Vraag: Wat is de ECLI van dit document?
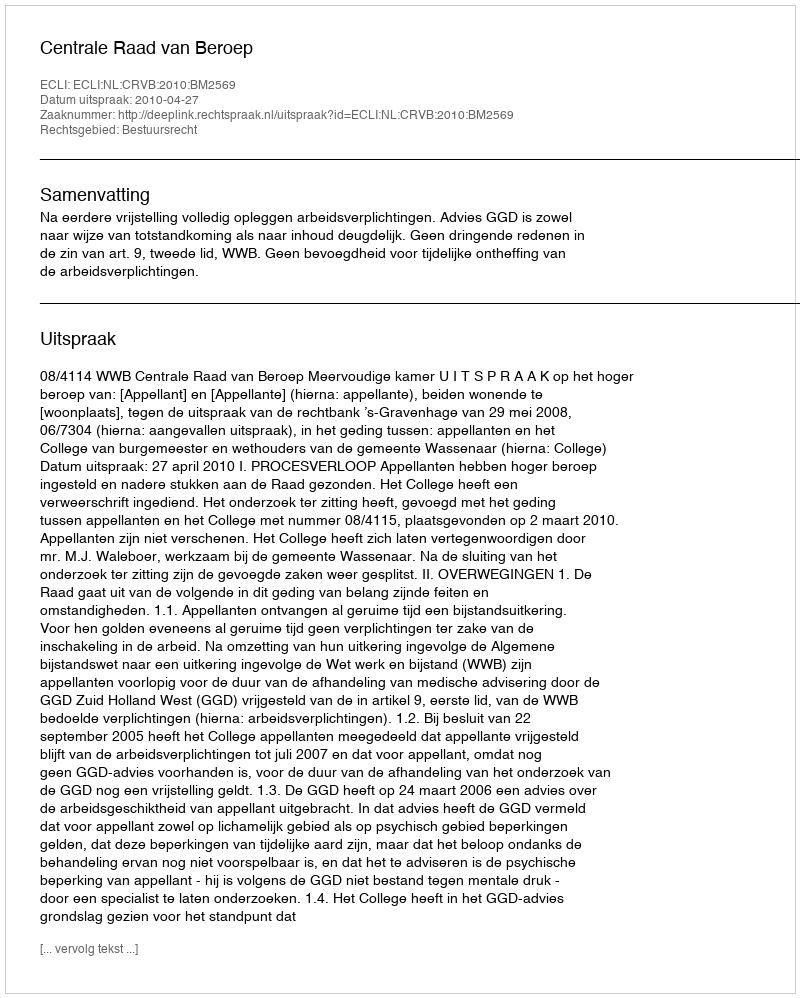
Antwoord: ECLI:NL:CRVB:2010:BM2569